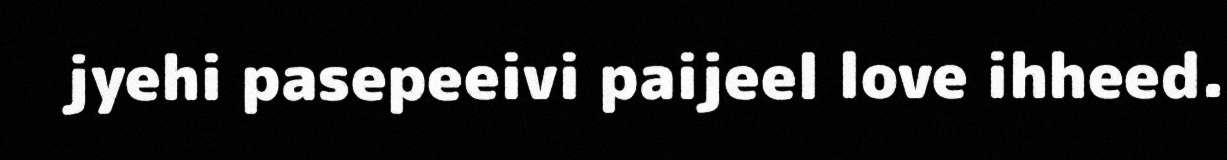
jyehi pasepeeivi paijeel love ihheed.